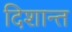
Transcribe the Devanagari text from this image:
दिशान्त